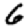
Digit: 6